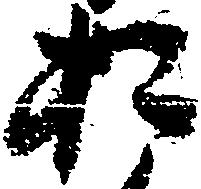
お